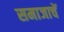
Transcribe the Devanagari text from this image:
समाजाचें